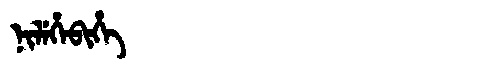
Manchu: ᠨᡳᠯᡝᡥᡝᠪᡳᡥᡝ
Romanization: NILEHEBIHE